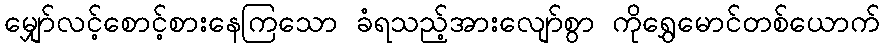
မျှော်လင့်စောင့်စားနေကြသော ခံရသည့်အားလျော်စွာ ကိုရွှေမောင်တစ်ယောက်